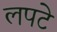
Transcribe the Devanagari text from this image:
लपटे